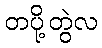
တပို့တွဲလ